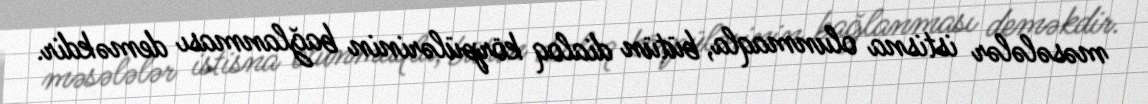
məsələlər istisna olunmaqla, bütün dialoq körpülərinin bağlanması deməkdir.